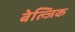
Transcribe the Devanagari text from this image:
बेल्जिक